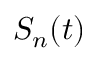
S _ { n } ( t )